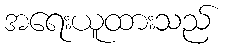
အရေးယူထားသည်